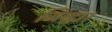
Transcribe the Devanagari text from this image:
जिव्ह्या